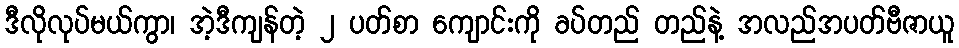
ဒီလိုလုပ်မယ်ကွာ၊ အဲ့ဒီကျန်တဲ့ ၂ ပတ်စာ ကျောင်းကို ခပ်တည် တည်နဲ့ အလည်အပတ်ဗီဇာယူ